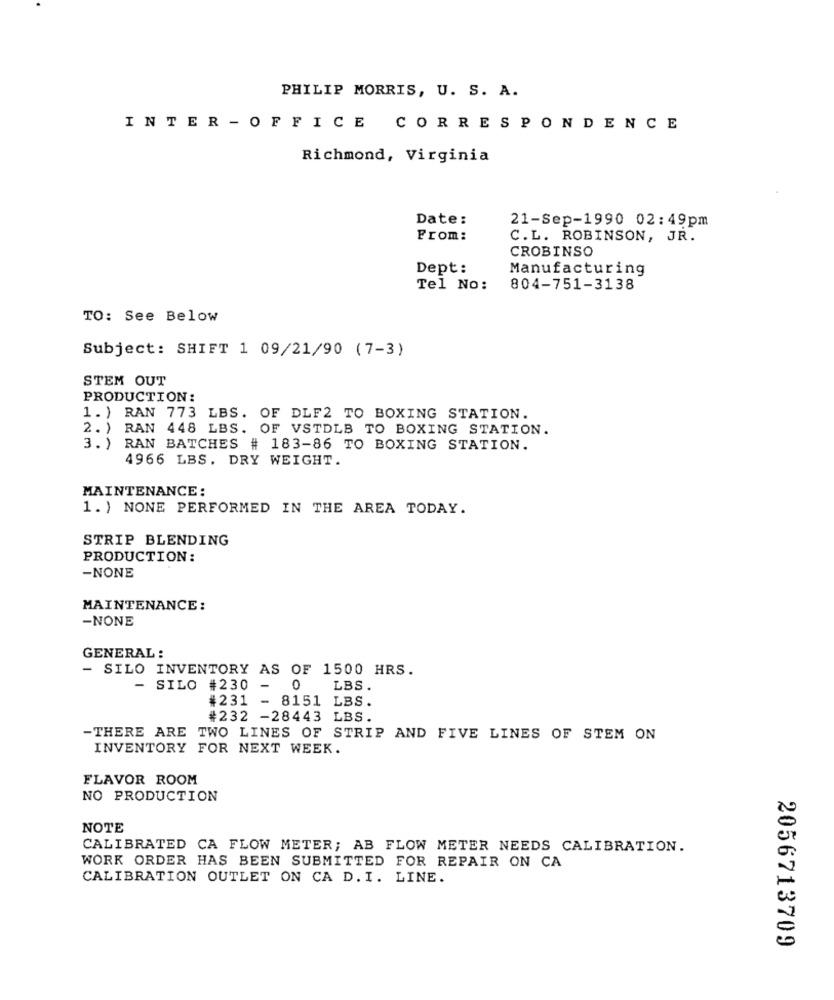
PHILIP MORRIS, U. S. A.
INTER - OFFICE CORRESPONDENCE
Richmond, Virginia
Date:
21-Sep-1990 02:49pm
From:
C.L. ROBINSON, JR.
CROBINSO
Dept:
Manufacturing
Tel No:
804-751-3138
TO: See Below
Subject: SHIFT 1 09/21/90 (7-3)
STEM OUT
PRODUCTION:
1. ) RAN 773 LBS. OF DLF2 TO BOXING STATION.
2. ) RAN 448 LBS. OF VSTDLB TO BOXING STATION.
3. ) RAN BATCHES # 183-86 TO BOXING STATION.
4966 LBS. DRY WEIGHT.
MAINTENANCE :
1. ) NONE PERFORMED IN THE AREA TODAY.
STRIP BLENDING
PRODUCTION:
-NONE
MAINTENANCE :
-NONE
GENERAL :
- SILO INVENTORY AS OF 1500 HRS.
- SILO #230 -
0
LBS.
#231 - 8151 LBS.
#232 -28443 LBS.
-THERE ARE TWO LINES OF STRIP AND FIVE LINES OF STEM ON
INVENTORY FOR NEXT WEEK.
FLAVOR ROOM
NO PRODUCTION
NOTE
CALIBRATED CA FLOW METER; AB FLOW METER NEEDS CALIBRATION.
WORK ORDER HAS BEEN SUBMITTED FOR REPAIR ON CA
CALIBRATION OUTLET ON CA D. I. LINE.
2056713709